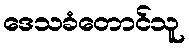
ဒေသခံတောင်သူ